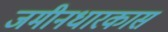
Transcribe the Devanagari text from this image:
जमीनधारकास